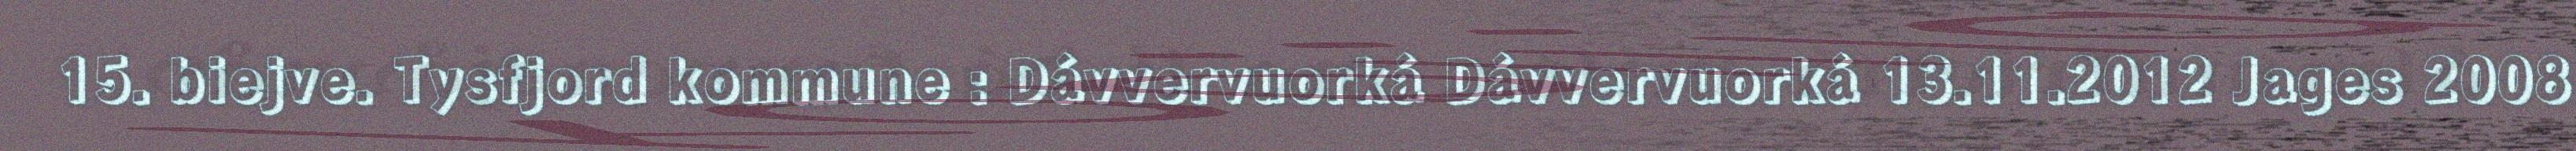
15. biejve. Tysfjord kommune : Dávvervuorká Dávvervuorká 13.11.2012 Jages 2008